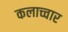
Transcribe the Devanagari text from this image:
कलाच्चार